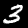
Digit: 3